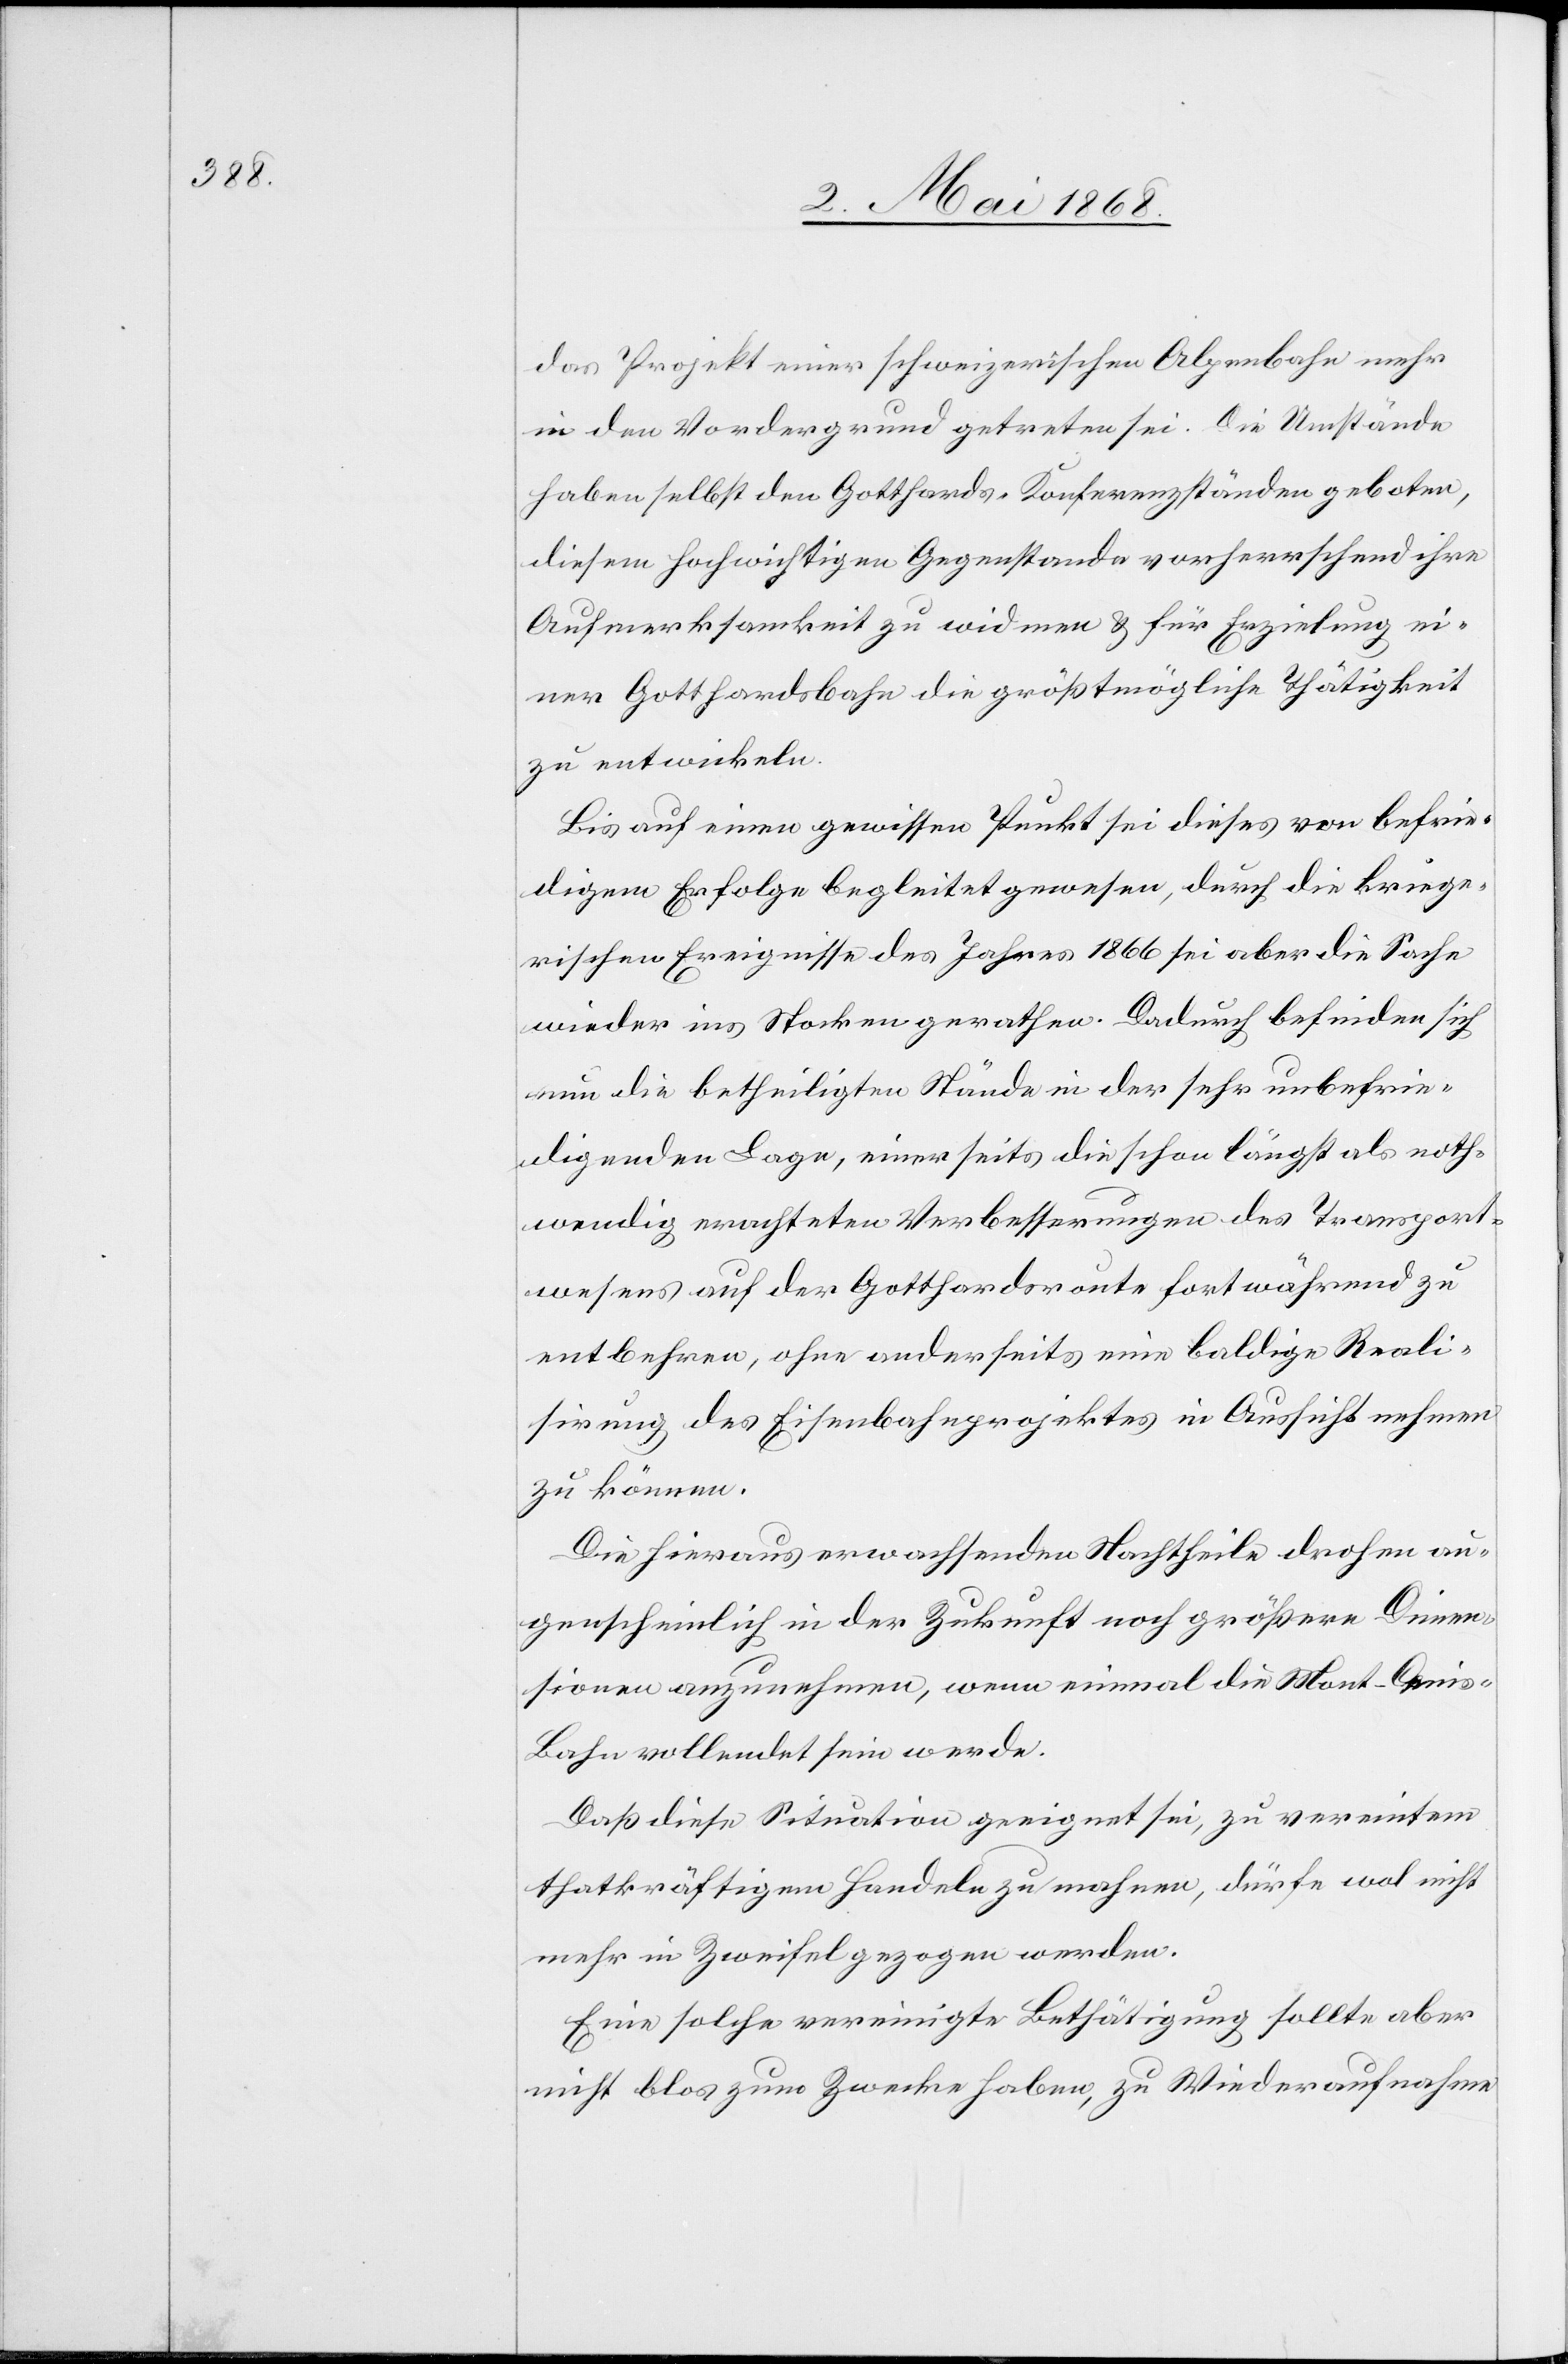
das Projekt einer schweizerischen Alpenbahn mehr
in den Vordergrund getreten sei. Die Umstände
haben selbst den Gotthards-Konferenzständen geboten,
diesem hochwichtigen Gegenstande vorherrschend ihre
Aufmerksamkeit zu widmen & für Erzielung ei¬
ner Gotthardsbahn die größtmögliche Thätigkeit
zu entwickeln.
Bis auf einen gewissen Punkt sei dieses von befrie¬
dige[nde]m Erfolge begleitet gewesen, durch die kriege¬
rischen Ereignisse des Jahres 1866 sei aber die Sache
wieder ins Stocken gerathen. Dadurch befinden sich
nun die betheiligten Stände in der sehr unbefrie¬
digenden Lage, einerseits die schon längst als noth¬
wendig erachteten Verbesserungen des Transport¬
wesens auf der Gotthardsroute fortwährend zu
entbehren, ohne anderseits eine baldige Reali¬
sirung des Eisenbahnprojektes in Aussicht nehmen
zu können.
Die hieraus erwachsenden Nachtheile drohen au¬
genscheinlich in der Zukunft noch größere Dimen¬
sionen anzunehmen, wenn einmal die Mont-Ceni¬
s-Bahn vollendet sein werde.
Daß diese Situation geeignet sei, zu vereintem
thatkräftigem Handeln zu mahnen, dürfe wol nicht
mehr in Zweifel gezogen werden.
Eine solche vereinigte Bethätigung sollte aber
nicht blos zum Zwecke haben, zu Wiederaufnahme